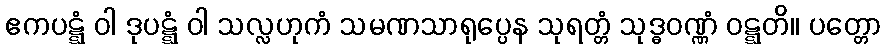
ဧကပဋ္ဋံ ဝါ ဒုပဋ္ဋံ ဝါ သလ္လဟုကံ သမဏသာရုပ္ပေန သုရတ္တံ သုဒ္ဓဝဏ္ဏံ ဝဋ္ဋတိ။ ပတ္တော